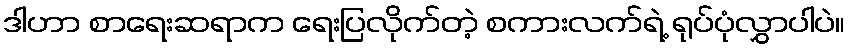
ဒါဟာ စာရေးဆရာက ရေးပြလိုက်တဲ့ စကားလက်ရဲ့ ရုပ်ပုံလွှာပါပဲ။